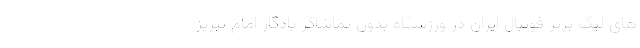
های لیگ برتر فوتبال ایران در ورزشگاه بدون تماشاگر یادگار امام تبریز